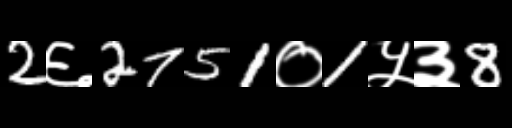
Text: 2६2751०1५३8